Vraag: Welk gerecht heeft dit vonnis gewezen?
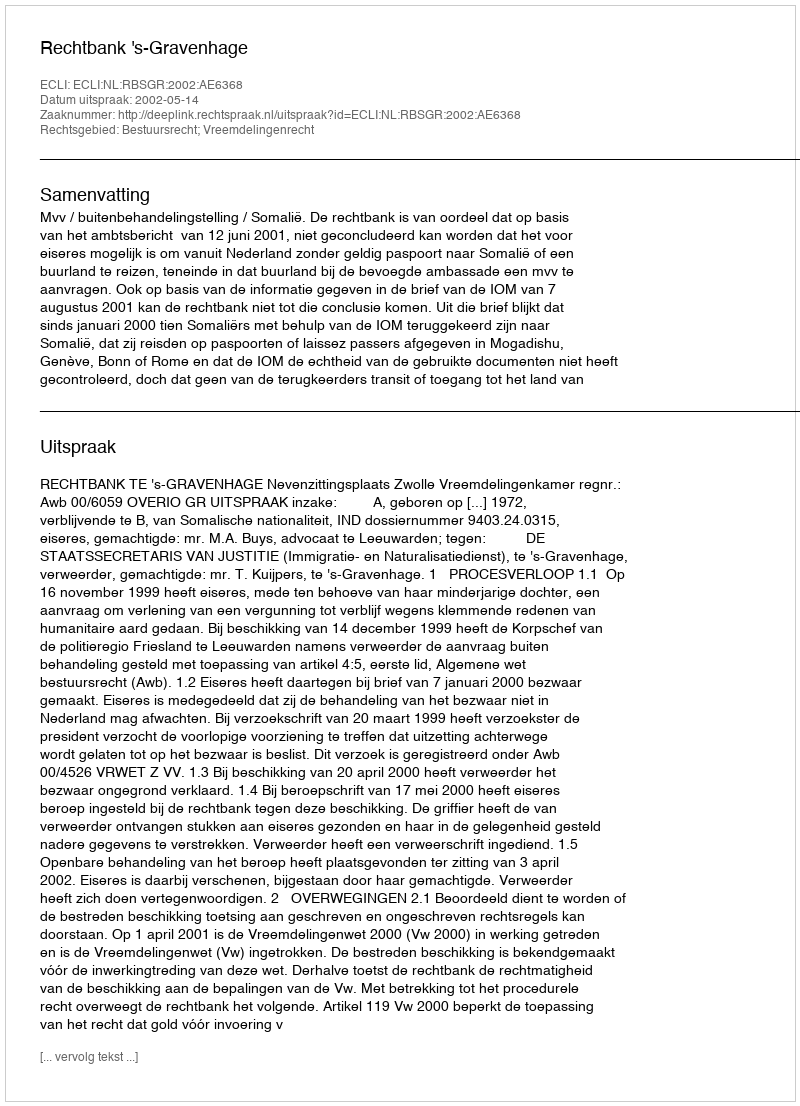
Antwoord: Rechtbank 's-Gravenhage